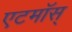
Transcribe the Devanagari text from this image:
एटमॉस्